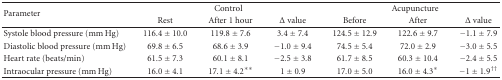
<table><thead><tr><td rowspan="2"><b>Parameter</b></td><td colspan="3"><b>Control</b></td><td colspan="3"><b>Acupuncture</b></td></tr><tr><td><b> Rest</b></td><td><b>After 1 hour</b></td><td><b>Δ value</b></td><td><b>Before</b></td><td><b> After</b></td><td><b>Δ value</b></td></tr></thead><tbody><tr><td>Systole blood pressure (mm Hg)</td><td>116.4 ± 10.0</td><td>119.8 ± 7.6</td><td>3.4 ± 7.4</td><td>124.5 ± 12.9</td><td>122.6 ± 9.7</td><td>−1.1 ± 7.9</td></tr><tr><td>Diastolic blood pressure (mm Hg)</td><td>69.8 ± 6.5</td><td>68.6 ± 3.9</td><td>−1.0 ± 9.4</td><td>74.5 ± 5.4</td><td>72.0 ± 2.9</td><td>−3.0 ± 5.5</td></tr><tr><td>Heart rate (beats/min)</td><td>61.5 ± 7.3</td><td>60.1 ± 8.1</td><td>−2.5 ± 3.8</td><td>61.7 ± 8.5</td><td>60.3 ± 10.4</td><td>−2.4 ± 5.5</td></tr><tr><td>Intraocular pressure (mm Hg)</td><td>16.0 ± 4.1</td><td>17.1 ± 4.2**</td><td>1 ± 0.9</td><td>17.0 ± 5.0</td><td>16.0 ± 4.3*</td><td>−1 ± 1.9<sup>††</sup></td></tr></tbody></table>